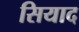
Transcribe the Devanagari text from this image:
सियाद